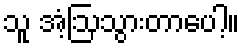
သူ အံ့ဩသွားတာပေါ့။